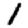
Digit: 1